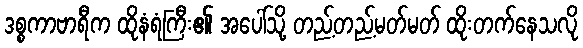
ဒစ္စကာဗာရီက ထိုနံရံကြီး၏ အပေါ်သို့ တည့်တည့်မတ်မတ် ထိုးတက်နေသလို